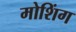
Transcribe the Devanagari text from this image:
मोशिंग